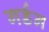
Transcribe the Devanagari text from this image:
गर्डन